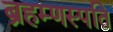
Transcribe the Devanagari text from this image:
ब्रहम्णस्पति